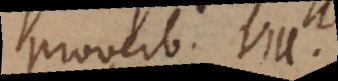
Proverb. VIII.